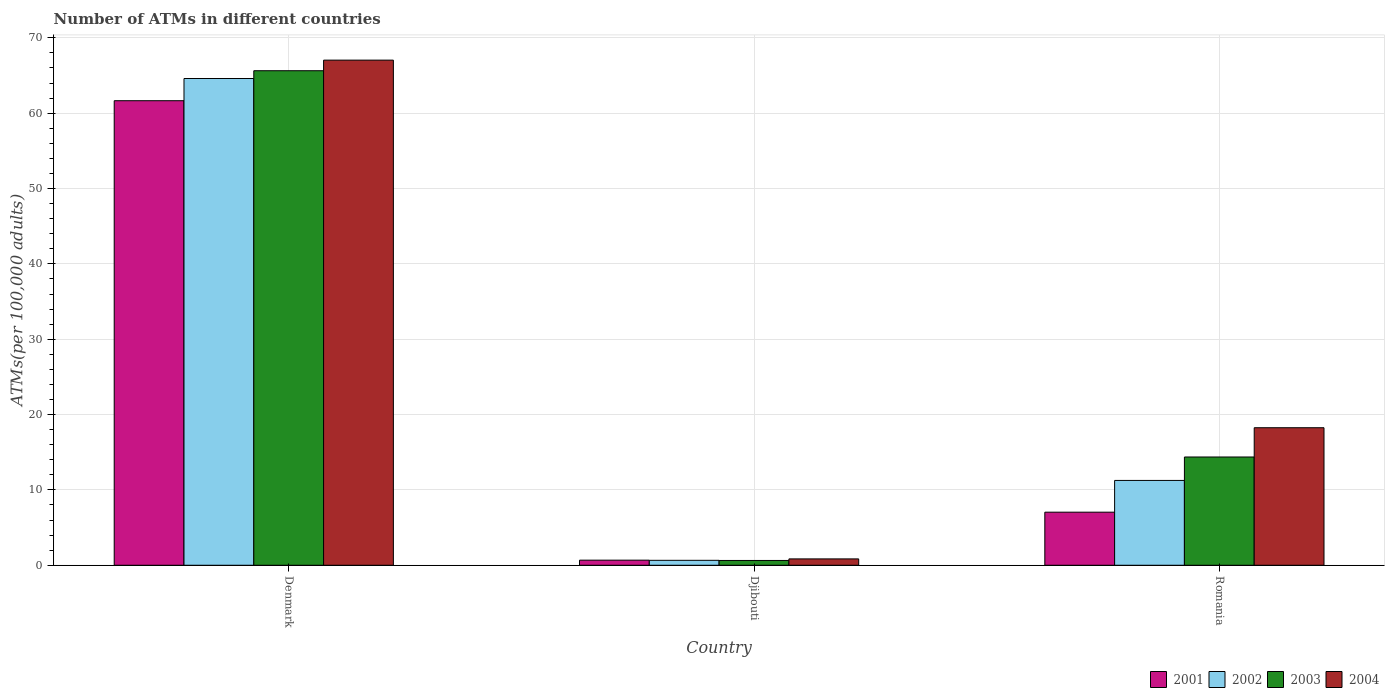
| Country | 2001 | 2002 | 2003 | 2004 |
 | --- | --- | --- | --- | --- |
 | Denmark | 61.7 | 64.6 | 65.6 | 67 |
 | Djibouti | 0.676 | 0.656 | 0.638 | 0.844 |
 | Romania | 7.04 | 11.3 | 14.4 | 18.3 |